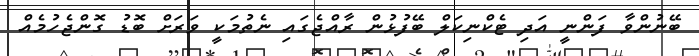
ބޭނުންވާ ފަންނީ އަދި ޓެކްނިކަލް ބޭފުޅުން ރާއްޖެގައި ނެތުމަކީ ވަރަށް ބޮޑު ގޮންޖެހުމެއް